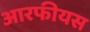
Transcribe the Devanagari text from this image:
आरफीयस